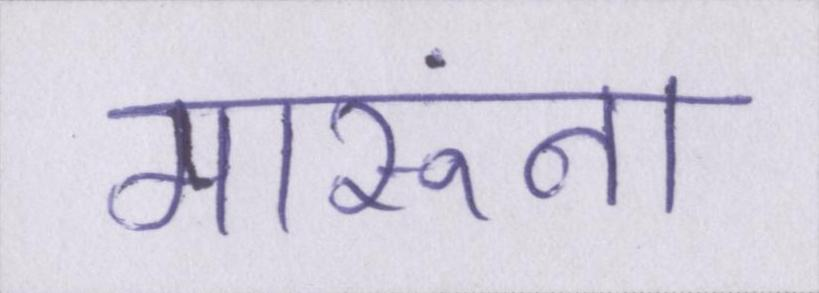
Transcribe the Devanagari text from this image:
मारूंगा